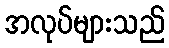
အလုပ်များသည်